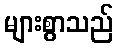
များစွာသည်